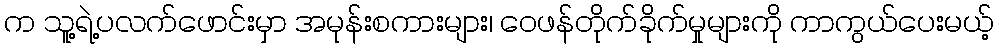
က သူ့ရဲ့ပလက်ဖောင်းမှာ အမုန်းစကားများ၊ ဝေဖန်တိုက်ခိုက်မှုများကို ကာကွယ်ပေးမယ့်